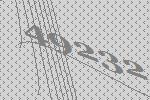
49232